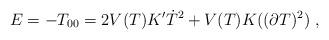
LaTeX: \begin{align*}E=-T_{00}=2V(T)K'\dot T^2+V(T)K((\partial T)^2)\ ,\end{align*}